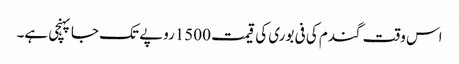
اس وقت گندم کی فی بوری کی قیمت 1500روپے تک جا پہنچی ہے۔